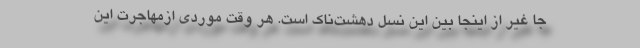
جا غیر از اینجا بین این نسل دهشت‌ناک است. هر وقت موردی ازمهاجرت این